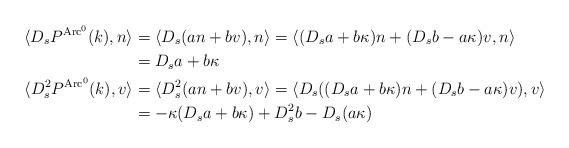
LaTeX: \begin{align*}\langle D_s P^{\operatorname{Arc^0}}(k), n \rangle&= \langle D_s (an+bv), n \rangle= \langle (D_s a+b \kappa) n+ (D_sb-a\kappa)v, n \rangle\\&= D_s a+b \kappa\\\langle D_s^2 P^{\operatorname{Arc^0}}(k), v \rangle&= \langle D_s^2 (an+bv), v \rangle=\langle D_s ((D_s a+b \kappa) n+ (D_sb-a\kappa)v), v \rangle\\&=-\kappa (D_s a+b \kappa) + D^2_s b- D_s(a\kappa) \end{align*}